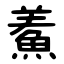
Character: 鮺